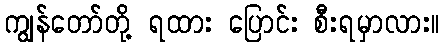
ကျွန်တော်တို့ ရထား ပြောင်း စီးရမှာလား။